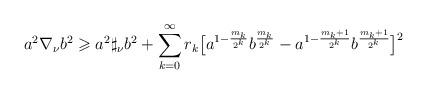
LaTeX: \begin{align*} a^{2}\nabla_{\nu} b^{2} \geqslant a^{2}\sharp_{\nu}b^{2}+ \sum_{k=0}^{\infty}r_{k} \big[ a^{1-\frac{m_k}{2^k}}b^{\frac{m_k}{2^k}} - a^{1-\frac{m_k+1}{2^k}}b^{\frac{m_k+1}{2^k}} \big]^{2}\end{align*}